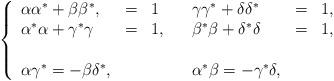
LaTeX: \begin{align*}\left\{\begin{array}{lllllll} \alpha\alpha^* + \beta\beta^*, &=& 1 && \gamma\gamma^* + \delta\delta^* &=& 1,\\ \alpha^*\alpha+ \gamma^*\gamma &=&1,&&\beta^*\beta+ \delta^*\delta &=& 1,\\ \\ \alpha \gamma^* = -\beta \delta^*, &&&& \alpha^*\beta = -\gamma^*\delta, \end{array}\right.\end{align*}